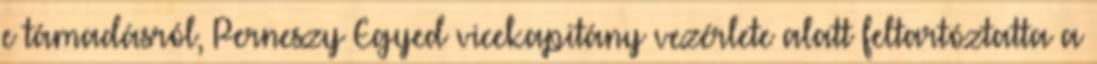
e támadásról, Perneszy Egyed vicekapitány vezérlete alatt feltartóztatta a